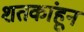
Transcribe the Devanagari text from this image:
शतकांहून